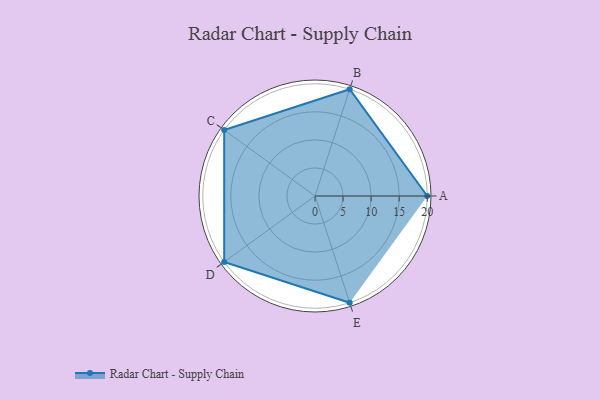
{"axis": {"x": "Skill", "y": "Score"}, "legend": ["Profile"], "data": [{"x": "A", "y": 20, "type": "Profile"}, {"x": "B", "y": 20, "type": "Profile"}, {"x": "C", "y": 20, "type": "Profile"}, {"x": "D", "y": 20, "type": "Profile"}, {"x": "E", "y": 20, "type": "Profile"}]}